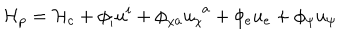
\mathcal { H } _ { p } = \mathcal { H } _ { c } + \phi _ { i } u ^ { i } + \phi _ { \chi a } u _ { \chi } ^ { \phantom { \chi } a } + \phi _ { e } u _ { e } + \phi _ { \psi } u _ { \psi }